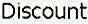
DISCOUNT